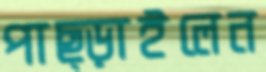
পাছ্‌ড়াইলেন